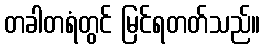
တခါတရံတွင် မြင်ရတတ်သည်။